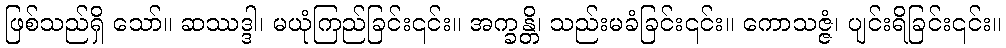
ဖြစ်သည်ရှိ သော်။ ဆဿဒ္ဒါ၊ မယုံကြည်ခြင်း၎င်း။ အက္ခန္တိ၊ သည်းမခံခြင်း၎င်း။ ကောသဇ္ဇံ၊ ပျင်းရိခြင်း၎င်း။